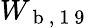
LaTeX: W_{\mathrm{~b~,~1~9~}}